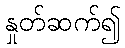
နှုတ်ဆက်၍